Annual statistical returns and brief notes on vaccination in Bengal - 1909-1929
Year: 1909
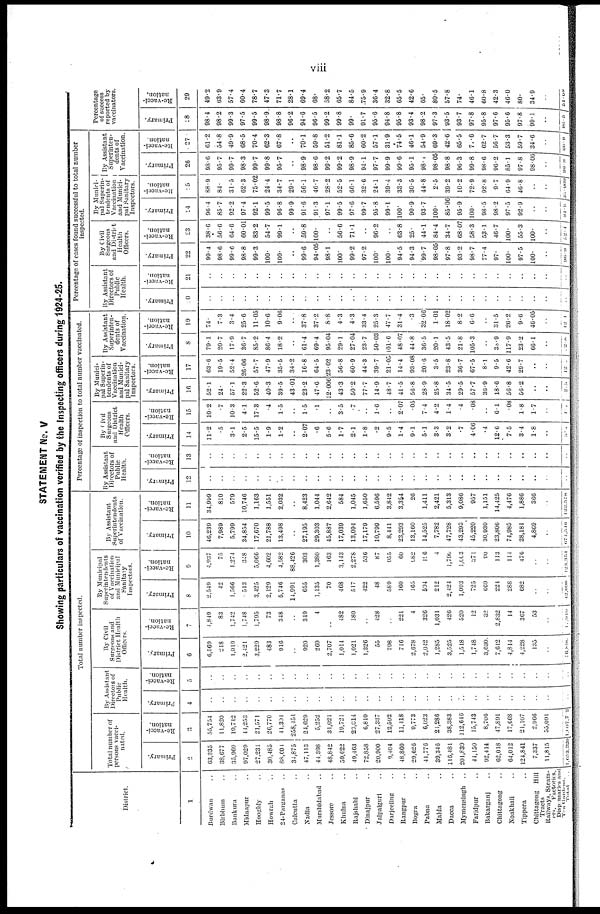
viii
STATEMENT No. V
Showing particulars of vaccination verified by the Inspecting officers during 1924-25.
District.
1
Burdwan ..
Birbhum ..
Bankura ..
Midnapur ..
Hooghly ..
Howrah ..
24-Parganas ..
Calcutta ..
Nadia ..
Murshidabad ..
Jessore ..
Khulna ..
Rajshahi ..
Dinajpur ..
Jalpaiguri ..
Darjeeling
Rangpur ..
Bogra ..
Pabna ..
Malda ..
Dacca ..
Mymensingh ..
Faridpur ..
Bakarganj ..
Chittagong ..
Noakhali ..
Tippera ..
Chittagong Hill
Tracts
Railways, Steam-
-rs, Factories,
Dispensaries and
Tea Gardens. Total ..
Total number inspected.
Total number of
persons vacci-
nated.
Primary.
2
63,335
38,677
35,969
97,029
27,231
30,485
88,604
34,875
47,113
44,398
48,842
59,622
49,403
72,858
20,900
9,404
48,860
29,026
41,776
39,346
116,481
201,839
44,150
92,414
62,018
64,012
124,841
7,337
11,815
1,653,320
Re-vacci-
nation.
3
55,754
11,820
19,742
44,253
21,571
26,770
41,304
258,451
24,629
5,252
31,021
19,721
23,014
6,810
27,337
12,592
11,418
9,773
6,023
24,286
38,383
112,646
15,743
8,706
47,891
17,668
21,107
2,966
55,091
1,607,702
By Assistant
Directors of
Public
Health.
Primary.
4
..
..
..
..
..
..
..
..
..
..
..
..
..
..
..
..
..
..
..
..
..
..
..
..
..
..
..
..
..
..
Re-vacci-
nation.
5
..
..
..
..
..
..
..
..
..
..
..
..
..
..
..
..
..
..
..
..
..
..
..
..
..
..
..
..
..
..
By Civil
Surgeons and
District Health
Officers.
Primary.
6
6,569
218
1,019
2,421
3,229
483
916
..
920
269
2,707
1,014
1,021
1,326
55
798
716
2,678
2,042
1,285
3,525
1,518
1,748
3,630
7,612
4,814
4,228
135
..
56,890
Re-vacci¬
nation.
7
4,849
83
1,742
1,748
1,795
73
348
..
349
4
..
482
180
..
428
..
221
4
326
1,031
426
520
12
32
2,832
14
367
53
..
10, 919
By Municipal
Superintendents
of Vaccination
and Municipal
Sanitary
Inspectors.
Primary.
8
2,549
42
1,566
513
3,425
2,129
5,746
14,991
655
1,135
70
468
517
422
48
589
160
165
594
212
2,424
1,093
725
669
224
288
682
..
..
42,098
Re-vacci-
nation.
9
4,937
75
1,274
348
5,066
4,602
4,582
88,426
303
1,380
163
3,143
2,278
536
87
955
60
982
196
4
1,790
1,003
371
90
113
114
476
..
..
123,354
By Assistant
Superintendents
of Vaccination.
Primary.
10
46,239
7,989
5,799
34,854
17,670
21,788
13,498
..
27,195
29,303
45,887
17,039
13,094
17,179
10,799
8,441
23,293
13,160
14,525
7,782
47,728
43,293
45,220
30,930
23,806
74,985
28,181
4,869
..
674,546
Re-vacci¬
nation.
11
34,999
810
579
10,746
1,163
1,551
2,032
..
8,423
1,044
2,642
584
1,045
1,650
6,596
3,842
3,354
26
1,411
2,421
5,313
9,086
957
1,151
14,425
4,476
1,886
366
..
1,22,578
Percentage of inspection to total number vaccinated.
By Assistant
Directors of
Public
Health.
Primary.
12
..
..
..
..
..
..
..
..
..
..
..
..
..
..
..
..
..
..
..
..
..
..
..
..
..
..
..
..
..
..
Re-vacci-
nation.
13
..
..
..
..
..
..
..
..
..
..
..
..
..
..
..
..
..
..
..
..
..
..
..
..
..
..
..
..
..
..
By Civil
Surgeons
and District
Health
Officers.
Primary.
14
11.2
.5
31
2.5
15.5
1.9
1.2
..
2.07
.6
5.6
1.7
2.1
1.8
.2
9.5
1.4
9.1
5.1
3.3
3.2
.7
4.06
.4
12.6
7.5
3.4
1.8
..
3.4
Re-vacci-
nation.
15
10.2
.7
10.3
4.1
17.8
.4
1.5
..
1.5
.1
..
3.5
.7
..
1.6
..
2.07
.05
7.4
4.2
1.4
.4
.08
..
6.1
.08
1.8
1.7
..
1.4
By Munici-
pal Superin-
tendents of
Vaccination
and Munici-
pal Sanitary
Inspectors.
Primary.
16
52.1
24.
57.1
22.3
52.6
40.3
39.5
43.01
23.2
47.6
12.006
43.3
50.2
77.7
14.9
48.7
41.5
56.8
28.9
25.8
34.5
29.5
57.7
36.9
18.6
56.8
56.2
..
..
2.5
Re-vacci-
nation.
17
63.6
19.5
52.4
26.06
57.7
47.9
35.5
34.2
16.8
64.5
23.02
56.8
60.0
44.3
39.7
21.05
14.4
93.08
20.6
3.5
23.8
36.7
67.5
8.1
9.5
42.6
29.7
..
..
12.5
By Assistant
Superinten-
dents of
Vaccination.
Primary.
18
79.1
20.7
17.9
30.7
85.2
86.4
18.2
..
61.4
69.4
95.04
29.1
27.04
23.7
50.03
101.6
48.07
44.8
36.5
20.1
43.5
21.8
105.3
..
38.9
117.9
23.2
66.1
..
2.8
Re-vacci-
nation.
19
74.
7.3
3.4
25.6
11.05
10.6
9.06
..
37.8
37.2
8.8
4.3
4.3
33.4
25.3
47.7
31.4
.3
32.06
1.01
18.02
8.2
6.6
..
31.5
26.2
9.6
46.05
..
12.1
Percentage of cases found successful to total number
inspected.
By Assistant
Directors of
Public
Health.
Primary.
20
..
..
..
..
..
..
..
..
..
..
..
..
..
..
..
..
..
..
..
..
..
..
..
..
..
..
..
..
..
..
Re-vacci¬
nation.
21
..
..
..
..
..
..
..
..
..
..
..
..
..
..
..
..
..
..
..
..
..
..
..
..
..
..
..
..
..
..
By Civil
Surgeons
and District
Health
Officers.
Primary.
22
99.4
98.6
99.6
98.8
99.3
100.
100.
..
99.0
94.05
98.1
100.
99.2
97.2
100.
100.
94.5
94.3
99.7
98.05
97.8
93.2
98.7
77.4
97.
100.
97.5
100.
..
96.9
Re-vacci¬
nation.
23
38.6
56.6
64.6
60.01
83.2
54.7
991
..
50.8
100.
..
56.6
71.1
..
96.2
..
63.8
25.
44.1
84.4
34.7
68.07
58.3
53.1
46.7
100.
55.3
100.
..
52.4
By Munici-
pal Superin-
tendents of
Vaccination
and Munici-
pal Sanitary
Inspectors.
Primary.
24
96.4
85.7
92.2
97.4
92.1
99.5
96.8
99.9
91.6
91.3
97.1
99.5
97.6
99.7
95.8
99.1
100.
90.9
93.7
100.
85.06
95.9
100.
98.5
98.2
97.5
92.9
..
..
94.9
Re-vacci-
nation.
25
88.9
84.
31.5
62.3
75.02
24.4
34.7
29.1
56.1
40.7
28.2
52.5
66.1
32.6
24.1
39.4
33.3
30.5
44.8
2.5
39.2
10.2
72.9
92.8
9.7
64.9
46.8
..
..
35.009
By Assistant
Superinten-
dents of
Vaccination.
Primary.
26
98.6
95.7
99.7
98.3
99.7
99.8
95.7
..
98.9
98.6
99.2
99.2
98.9
94.1
97.7
99.9
99.6
95.1
98.1
98.05
98.8
96.3
99.8
98.6
96.2
85.1
97.8
98.06
..
96.8
Re-vacci¬
nation.
27
61.2
54.8
49.9
68.5
70.4
62.3
67.8
..
70.1
59.8
51.2
81.1
85.6
60.2
57.1
31.9
74.5
46.1
54.9
69.3
42.6
65.5
71.6
62.7
56.7
53.3
59.7
34.6
.. 60.9
Percentage
of success
reported by
vaccinators.
Primary.
28
98.4
98.2
99.3
97.5
99.5
98.9
98.8
96.2
94.6
96.5
99.2
99.8
99.
91.7
95.6
94.8
95.8
93.4
98.2
97.3
93.5
93.7
97.8
95.8
97.6
95.6
97.8
99.1
..
96.5
Re-vacci-
nation.
29
49.2
63.9
57.4
60.4
78.7
47.3
71.7
28.1
69.4
68.
58.2
65.7
84.5
75.9
36.4
32.8
65.5
42.6
65.
80.5
57.8
74.
46.1
60.8
42.3
46.0
80.
34.9
..
51.08